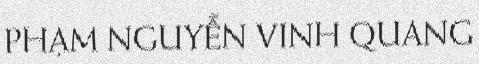
PHẠM NGUYỄN VINH QUANG